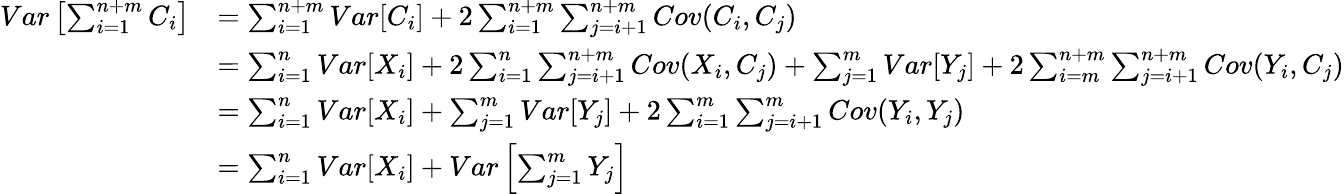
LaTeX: \begin{array}{rl}{Var\left[\sum_{i=1}^{n+m}C_{i}\right]}&{=\sum_{i=1}^{n+m}Var[C_{i}]+2\sum_{i=1}^{n+m}\sum_{j=i+1}^{n+m}Cov(C_{i},C_{j})}\\ &{=\sum_{i=1}^{n}Var[X_{i}]+2\sum_{i=1}^{n}\sum_{j=i+1}^{n+m}Cov(X_{i},C_{j})+\sum_{j=1}^{m}Var[Y_{j}]+2\sum_{i=m}^{n+m}\sum_{j=i+1}^{n+m}Cov(Y_{i},C_{j})}\\ &{=\sum_{i=1}^{n}Var[X_{i}]+\sum_{j=1}^{m}Var[Y_{j}]+2\sum_{i=1}^{m}\sum_{j=i+1}^{m}Cov(Y_{i},Y_{j})}\\ &{=\sum_{i=1}^{n}Var[X_{i}]+Var\left[\sum_{j=1}^{m}Y_{j}\right]}\end{array}